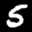
Label: 5